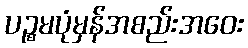
ပဉ္စမပုံမှန်အစည်းအဝေး